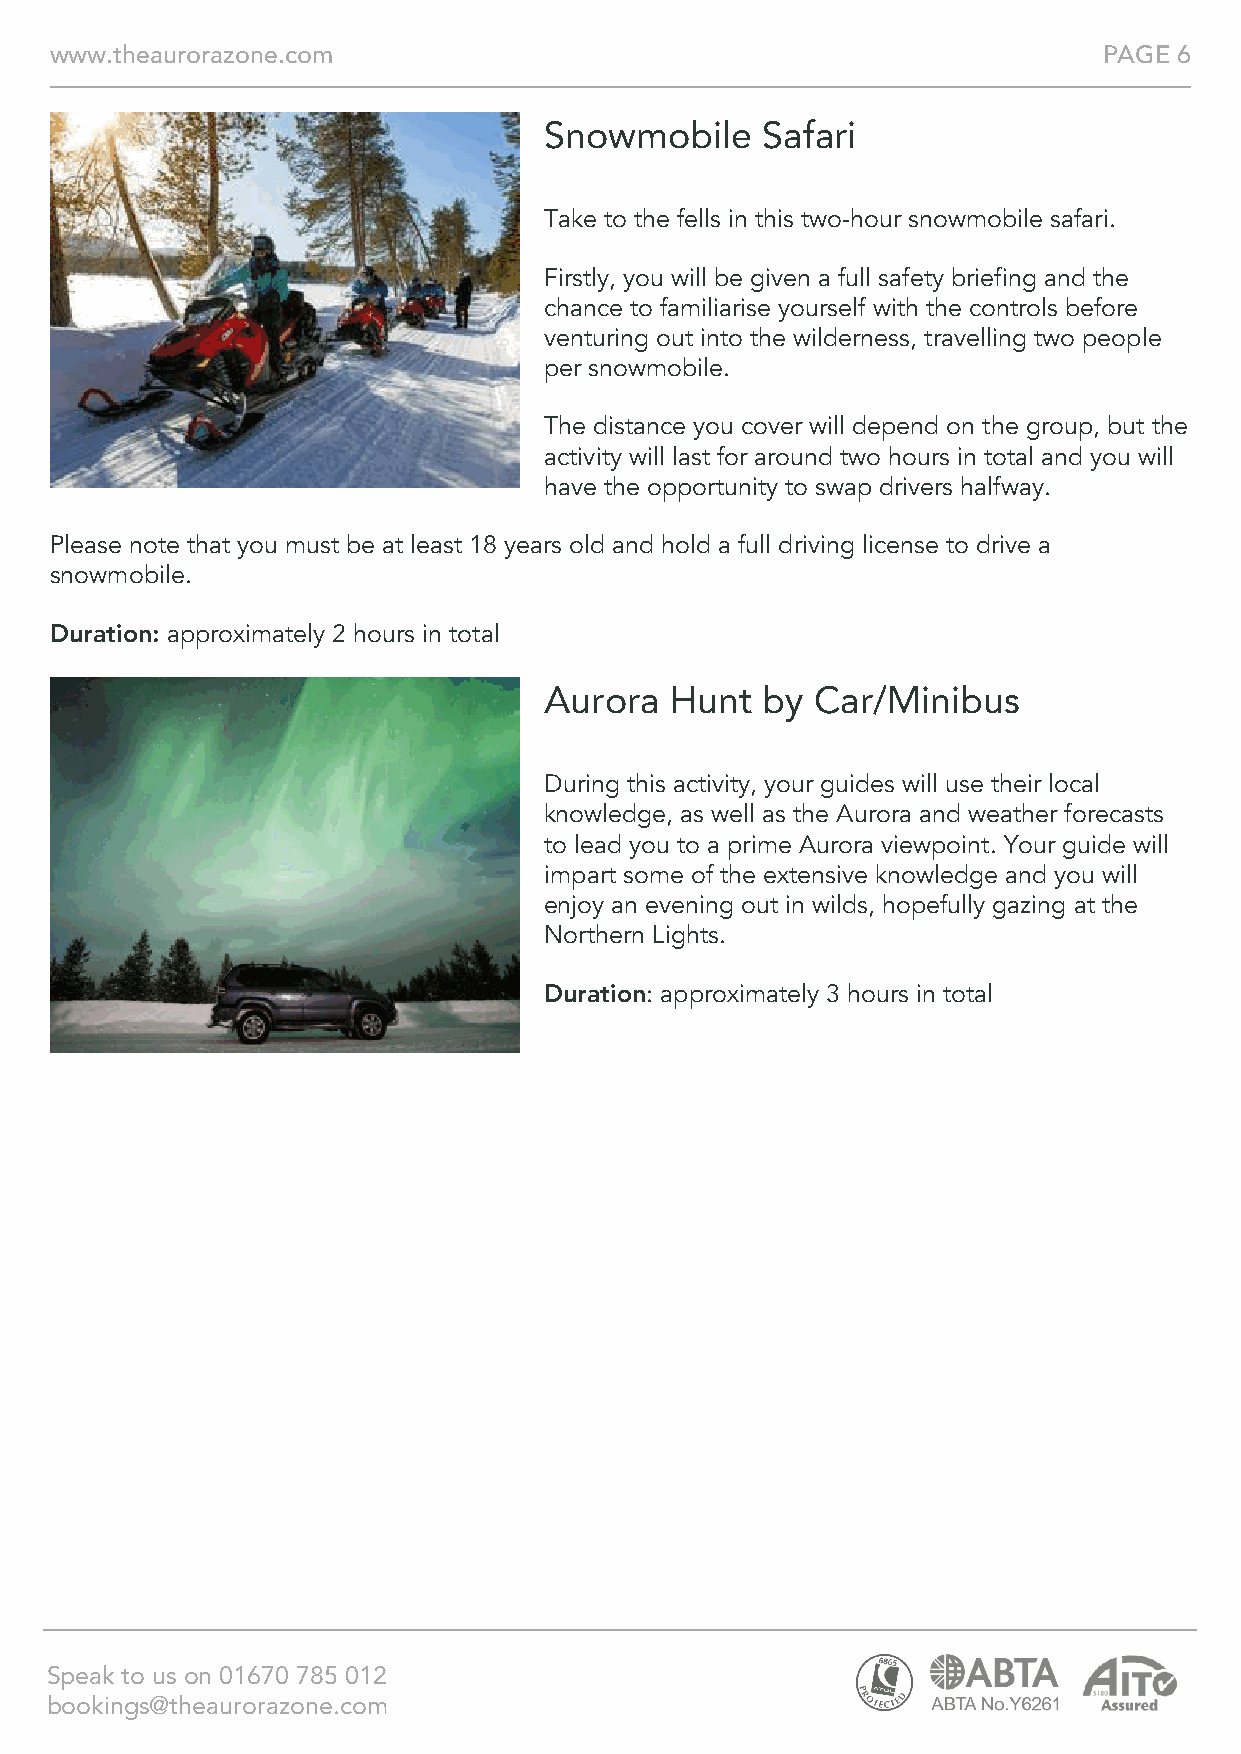
www.theaurorazone.com                                                 PAGE 6
 Snowmobile    Safari
 Take to the fells in this two-hour snowmobile safari.
 Firstly, you will be given a full safety briefing and the
 chance to familiarise yourself with the controls before
 venturing out into the wilderness, travelling two people
 per snowmobile.
 The distance you cover will depend on the group, but the
 activity will last for around two hours in total and you will
 have the opportunity to swap drivers halfway.
 Please note that you must be at least 18 years old and hold a full driving license to drive a
 snowmobile.
 Duration: approximately 2 hours in total
 Aurora  Hunt  by  Car/Minibus
 During this activity, your guides will use their local
 knowledge, as well as the Aurora and weather forecasts
 to lead you to a prime Aurora viewpoint. Your guide will
 impart some of the extensive knowledge and you will
 enjoy an evening out in wilds, hopefully gazing at the
 Northern Lights.
 Duration: approximately 3 hours in total
 Speak to us on 01670 785 012
 bookings@theaurorazone.com